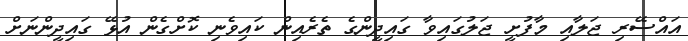
އައްސޭރި ޖަލާއި މާފުށީ ޖަލުގައިވާ ގައިދީންގެ ތެރެއިން ކައިވެނި ކޮށްގެން އުޅޭ ގައިދީންނަށް